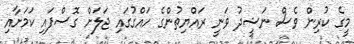
މީގެ ކުރިން ވެސް ނަޝީދު ވަނީ ރައްޔިތުންގެ ހައްގުގައި ޖަލަށް ގޮސްފައި ކަމަށާއި